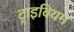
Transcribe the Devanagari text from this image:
ट्राइवियम